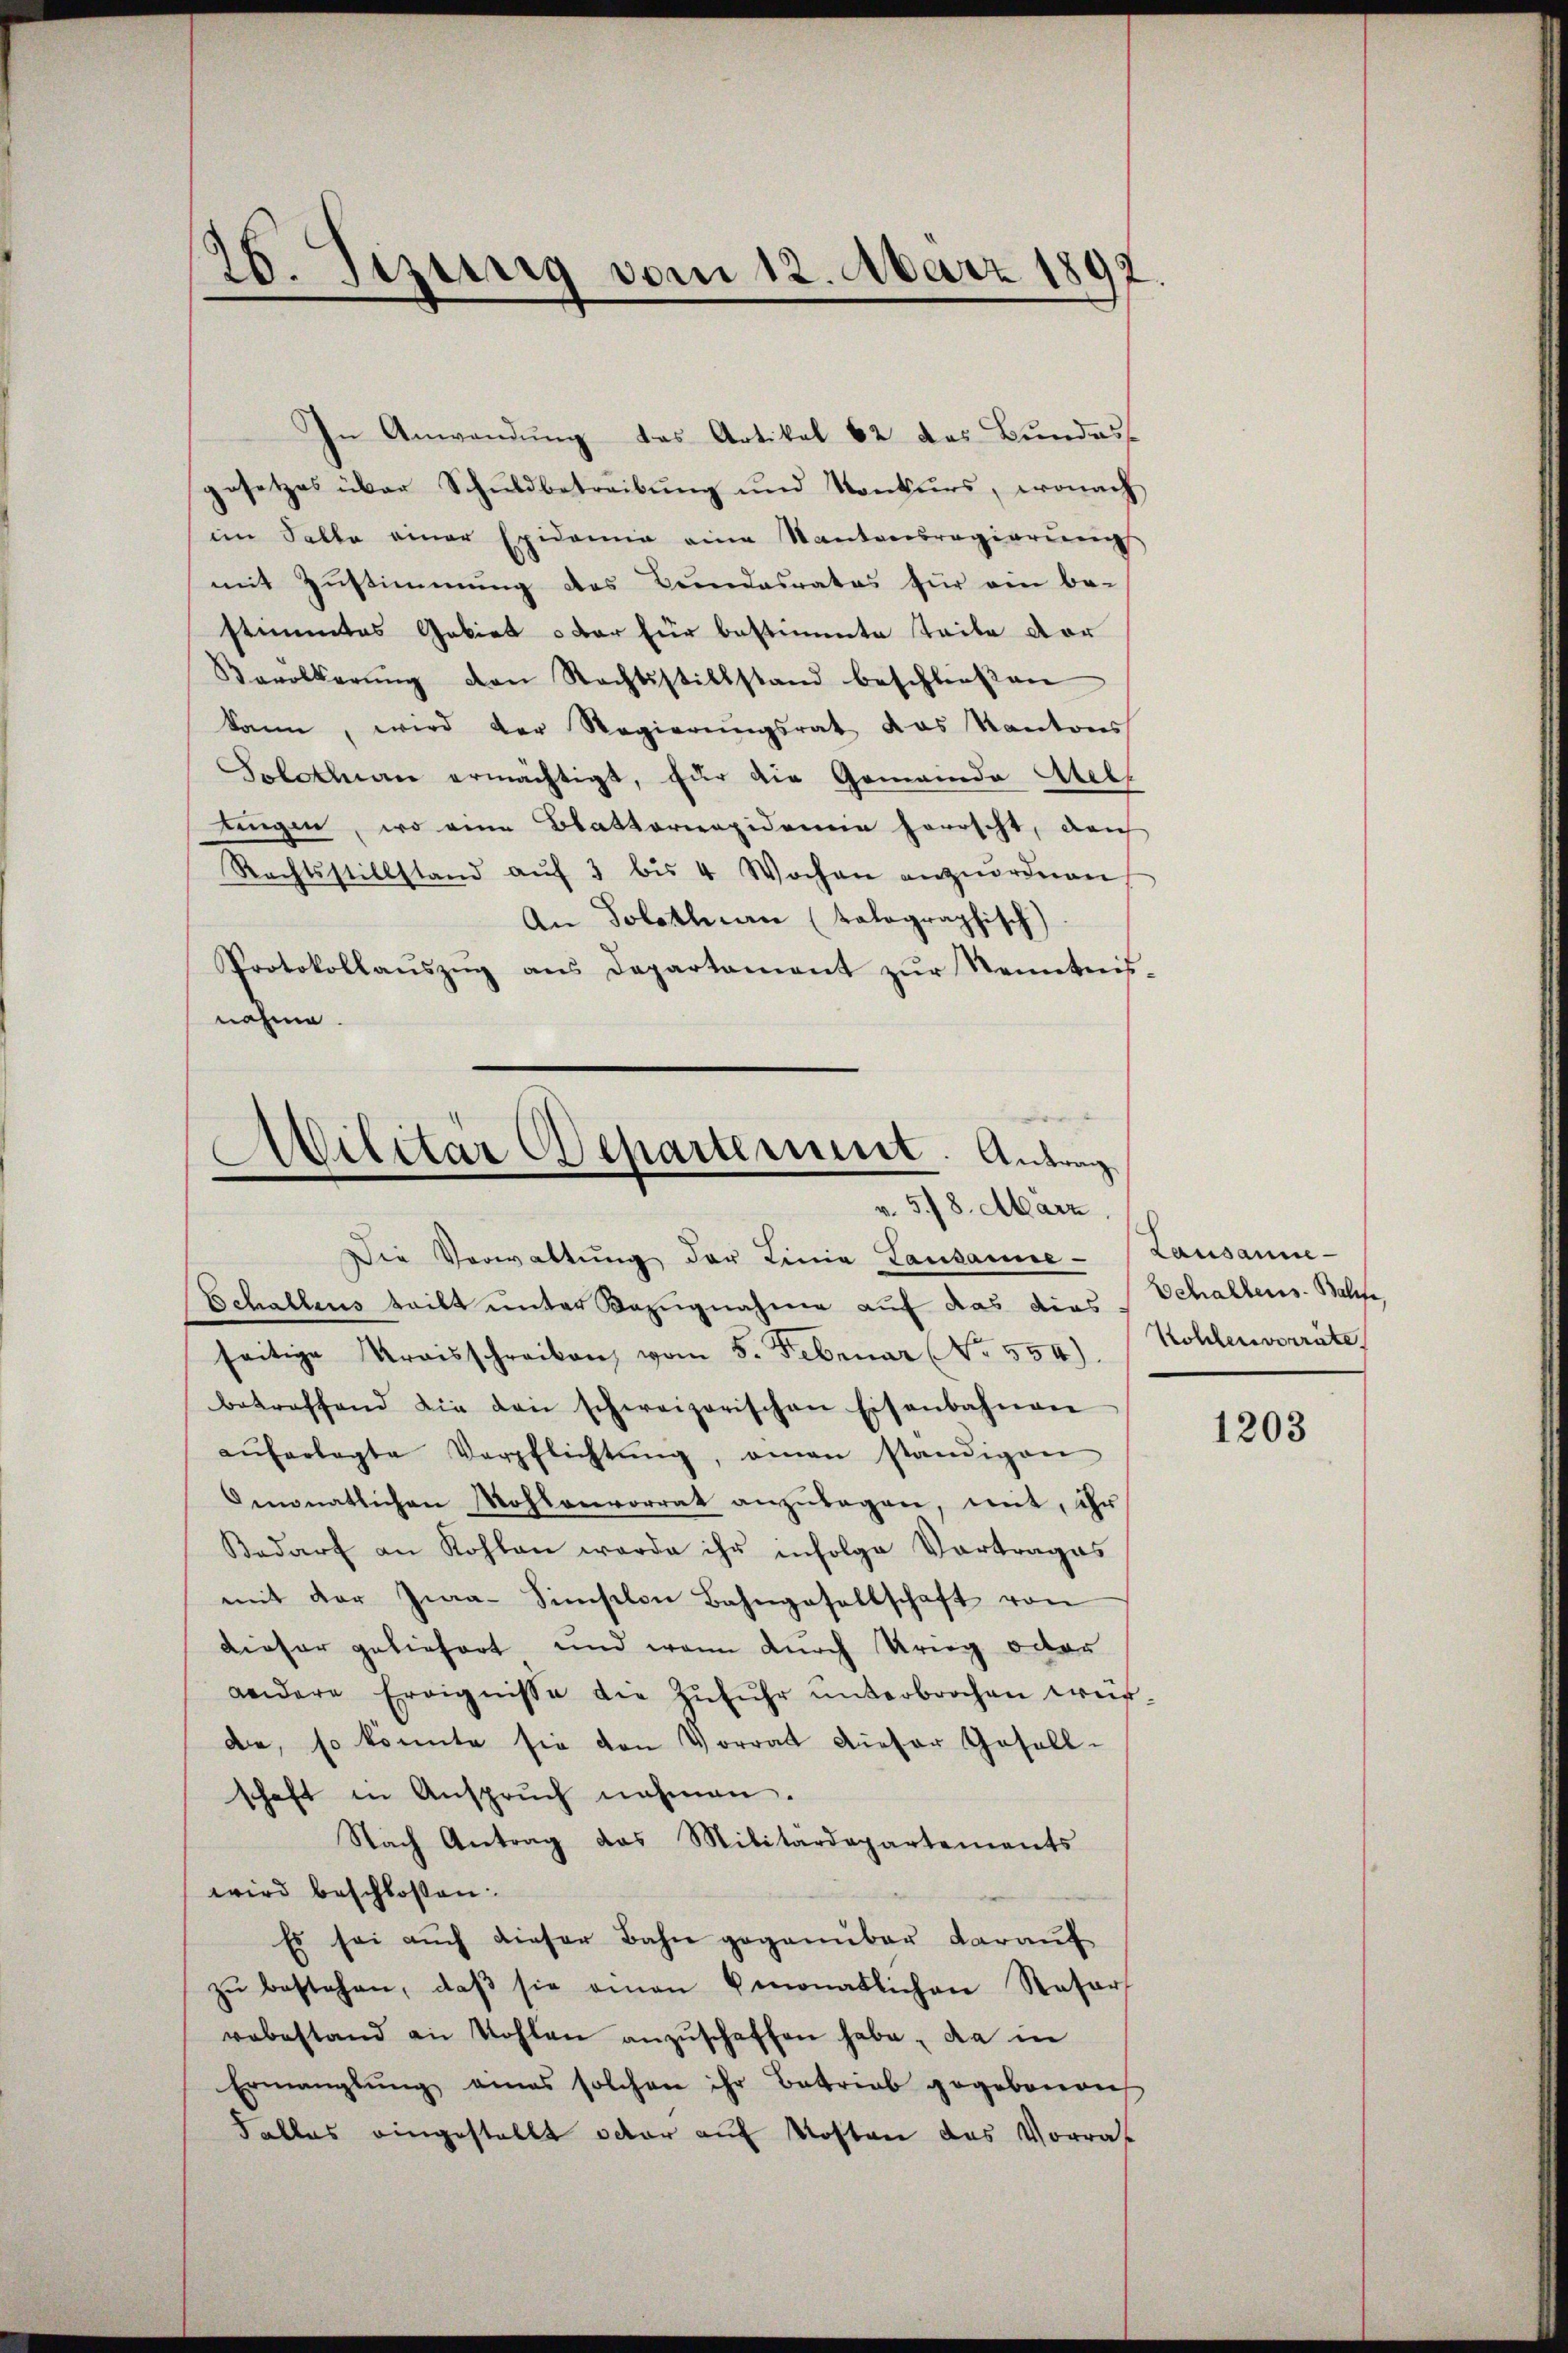
26. Jezurig vom 12. März 1892.

In Anwendung das Artikal 62 das Bundes
gesetzes über Schuldbetreibung und Konkurs, wonach
im Salle einer Epidemie eine Kantonsregierŭng
mit Zustimmung des Bundesrates für ein be-
stimmtes Gebiet oder für bestimmte Teile dor
Bavolkerŭng den Rechtsstillstand beschlieβen
kann, wird der Regierungsrat das Kantons
Solothurn ermächtigt, für die Gemeinde Atelf
tingen, wo eine Blatterienpidemie herrscht, dach
Rechtsstillstand aŭf 3 bis 4 Wochen anzŭordnen
An Solothurn (talographisch)
Protokollaŭszŭg ans Departament zŭr Senntnis-
nahme.

Ailitär Departement. Antrag
v. 5./8. März.

Die Verwaltŭng der Linie Landamne - Lausanne-
Schallens teilt unter Bezugnahme auf das dies Schaltens. Balte
seitige Kraisschreiben vom 5. Februar No. 554). / Kohlenvorräte,
betreffend die den schweizerischen Eisenbahnen
aŭferlegte Verpflichtŭng, man ständigen
Omonatlichen Mohlanvorrat anzŭlagen, mit, ihr
Bedarf an Kohlen werde ihr infolge Vortrages
mit der Zwa-Sinischon Bahngesellschaft von
dieser geliefert und wenn durch Krieg oder
andere Ereignisse die Zŭfŭhr ŭnterbrochen würde, so könnte sie den Vorrat dieser Gesell-
schaft in Ansprŭch nahmen.
Nach Antrag das Militärdepartements
wird beschloßen:
Es sei auch dieser Bahn gegenüber darauf
zŭ bestehen, daβ sie amen monatlichen Reser
vabestand an Wohlen anzŭschaffen habe, da in
Ermanglung eines solchen ihr Betrieb gegebenen
Falles eingestellt oder auf Kosten das Vorrat

1203